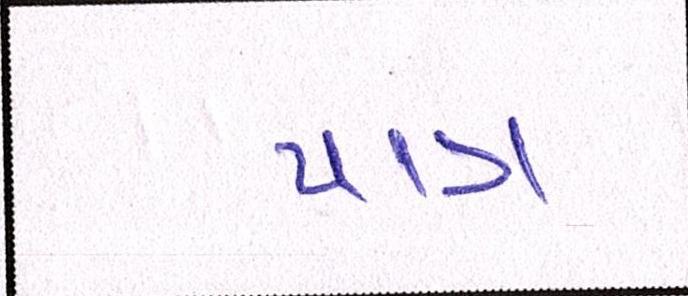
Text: પાત્ર